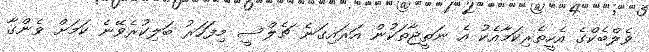
ވެލްބެކްގެ އެހީތެރިކަމާއެކު އެ ނަތީޖާތަކުން އަރައިގަނެ ޗެލްސީ މިފަހަރު ބަލިކުރެވޭނެ ކަމަށް ވެންގާ